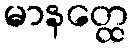
မာနတ္ထေ